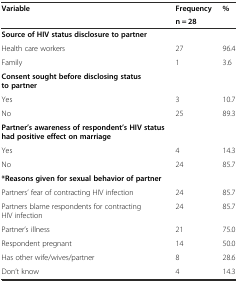
| <ROWSPAN=2> Variable | Frequency | <ROWSPAN=2> % |
 | n = 28 |
 | --- | --- | --- |
 | Source of HIV status disclosure to partner |  |  |
 | Health care workers | 27 | 96.4 |
 | Family | 1 | 3.6 |
 | Consent sought before disclosing status to partner |  |  |
 | Yes | 3 | 10.7 |
 | No | 25 | 89.3 |
 | Partner’s awareness of respondent’s HIV status had positive effect on marriage |  |  |
 | Yes | 4 | 14.3 |
 | No | 24 | 85.7 |
 | *Reasons given for sexual behavior of partner |  |  |
 | Partners’ fear of contracting HIV infection | 24 | 85.7 |
 | Partners blame respondents for contracting HIV infection | 24 | 85.7 |
 | Partner’s illness | 21 | 75.0 |
 | Respondent pregnant | 14 | 50.0 |
 | Has other wife/wives/partner | 8 | 28.6 |
 | Don’t know | 4 | 14.3 |